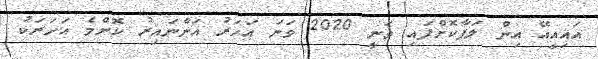
އައިއީއޭ އިން ލަފާކޮށްފައި ވަނީ 2020 ވަނަ އަހަރު އަންނައިރު ކޮންމެ އަހަރަކު